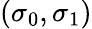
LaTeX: (\sigma_{0},\sigma_{1})